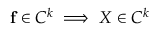
\mathbf { f } \in C ^ { k } \implies X \in C ^ { k }